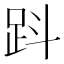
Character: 𧿫